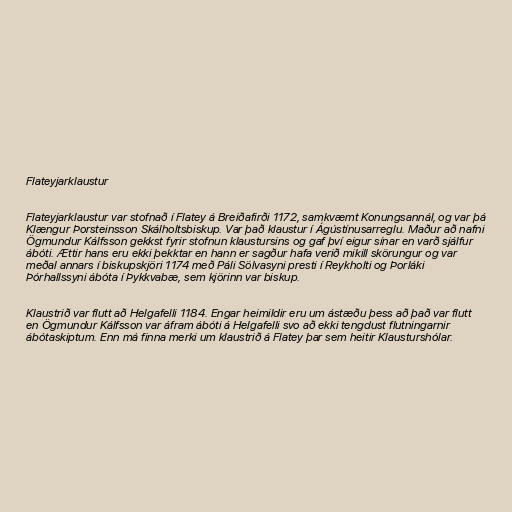
Flateyjarklaustur

Flateyjarklaustur var stofnað í Flatey á Breiðafirði 1172, samkvæmt Konungsannál, og var þá
Klængur Þorsteinsson Skálholtsbiskup. Var það klaustur í Ágústínusarreglu. Maður að nafni
Ögmundur Kálfsson gekkst fyrir stofnun klaustursins og gaf því eigur sínar en varð sjálfur
ábóti. Ættir hans eru ekki þekktar en hann er sagður hafa verið mikill skörungur og var
meðal annars í biskupskjöri 1174 með Páli Sölvasyni presti í Reykholti og Þorláki
Þórhallssyni ábóta í Þykkvabæ, sem kjörinn var biskup.

Klaustrið var flutt að Helgafelli 1184. Engar heimildir eru um ástæðu þess að það var flutt
en Ögmundur Kálfsson var áfram ábóti á Helgafelli svo að ekki tengdust flutningarnir
ábótaskiptum. Enn má finna merki um klaustrið á Flatey þar sem heitir Klausturshólar.